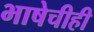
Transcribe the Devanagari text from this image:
भाषेचीही